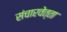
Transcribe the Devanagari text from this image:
संचारवेत्ता